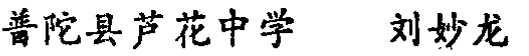
普陀县芦花中学 刘妙龙